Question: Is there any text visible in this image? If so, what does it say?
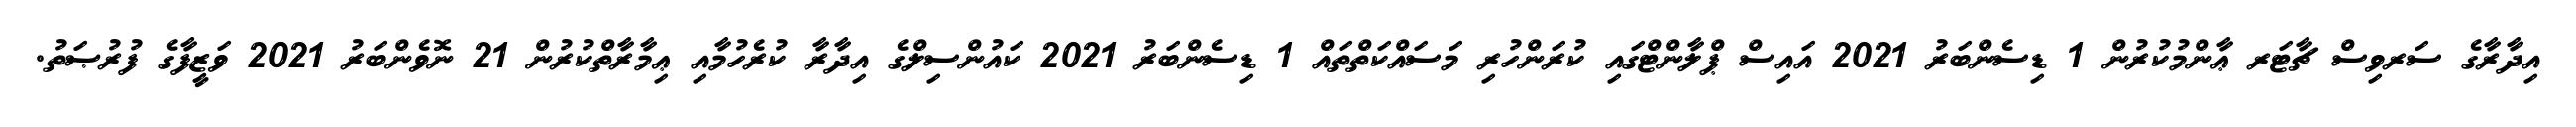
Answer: އިދާރާގެ ސަރވިސް ޗާޓަރ ޢާންމުކުރުން 1 ޑިސެންބަރު 2021 އައިސް ޕްލާންޓްގައި ކުރަންހުރި މަސައްކަތްތައް 1 ޑިސެންބަރު 2021 ކައުންސިލްގެ އިދާރާ ކުރެހުމާއި ޢިމާރާތްކުރުން 21 ނޮވެންބަރު 2021 ވަޒީފާގެ ފުރުޞަތު.